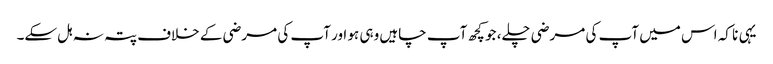
یہی نا کہ اس میں آپ کی مرضی چلے، جو کچھ آپ چاہیں وہی ہو اور آپ کی مرضی کے خلاف پتہ نہ ہل سکے۔